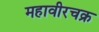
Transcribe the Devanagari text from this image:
महावीरचक्र